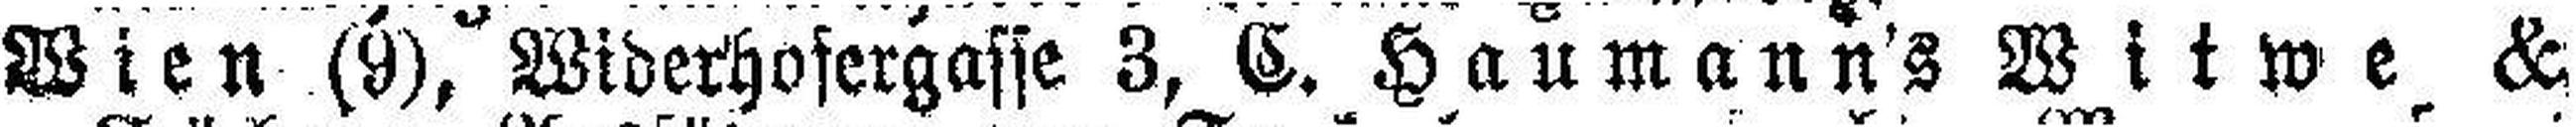
Wien (9), Widerhofergasse 3, C. Haumann's Witwe &